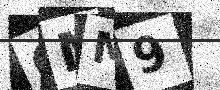
Text: CMM9